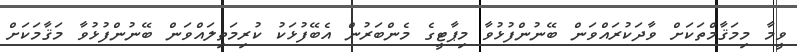
ވީމާ މިމަޤާމްތަކަށް ވާދަކުރައްވަން ބޭނުންފުޅުވާ މިޕާޓީގެ މެންބަރުން އެބޭފުޅަކު ކުރިމަތިލައްވަން ބޭނުންފުޅުވާ މަޤާމަކަށް